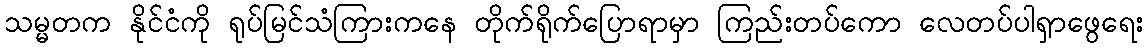
သမ္မတက နိုင်ငံကို ရုပ်မြင်သံကြားကနေ တိုက်ရိုက်ပြောရာမှာ ကြည်းတပ်ကော လေတပ်ပါရှာဖွေရေး